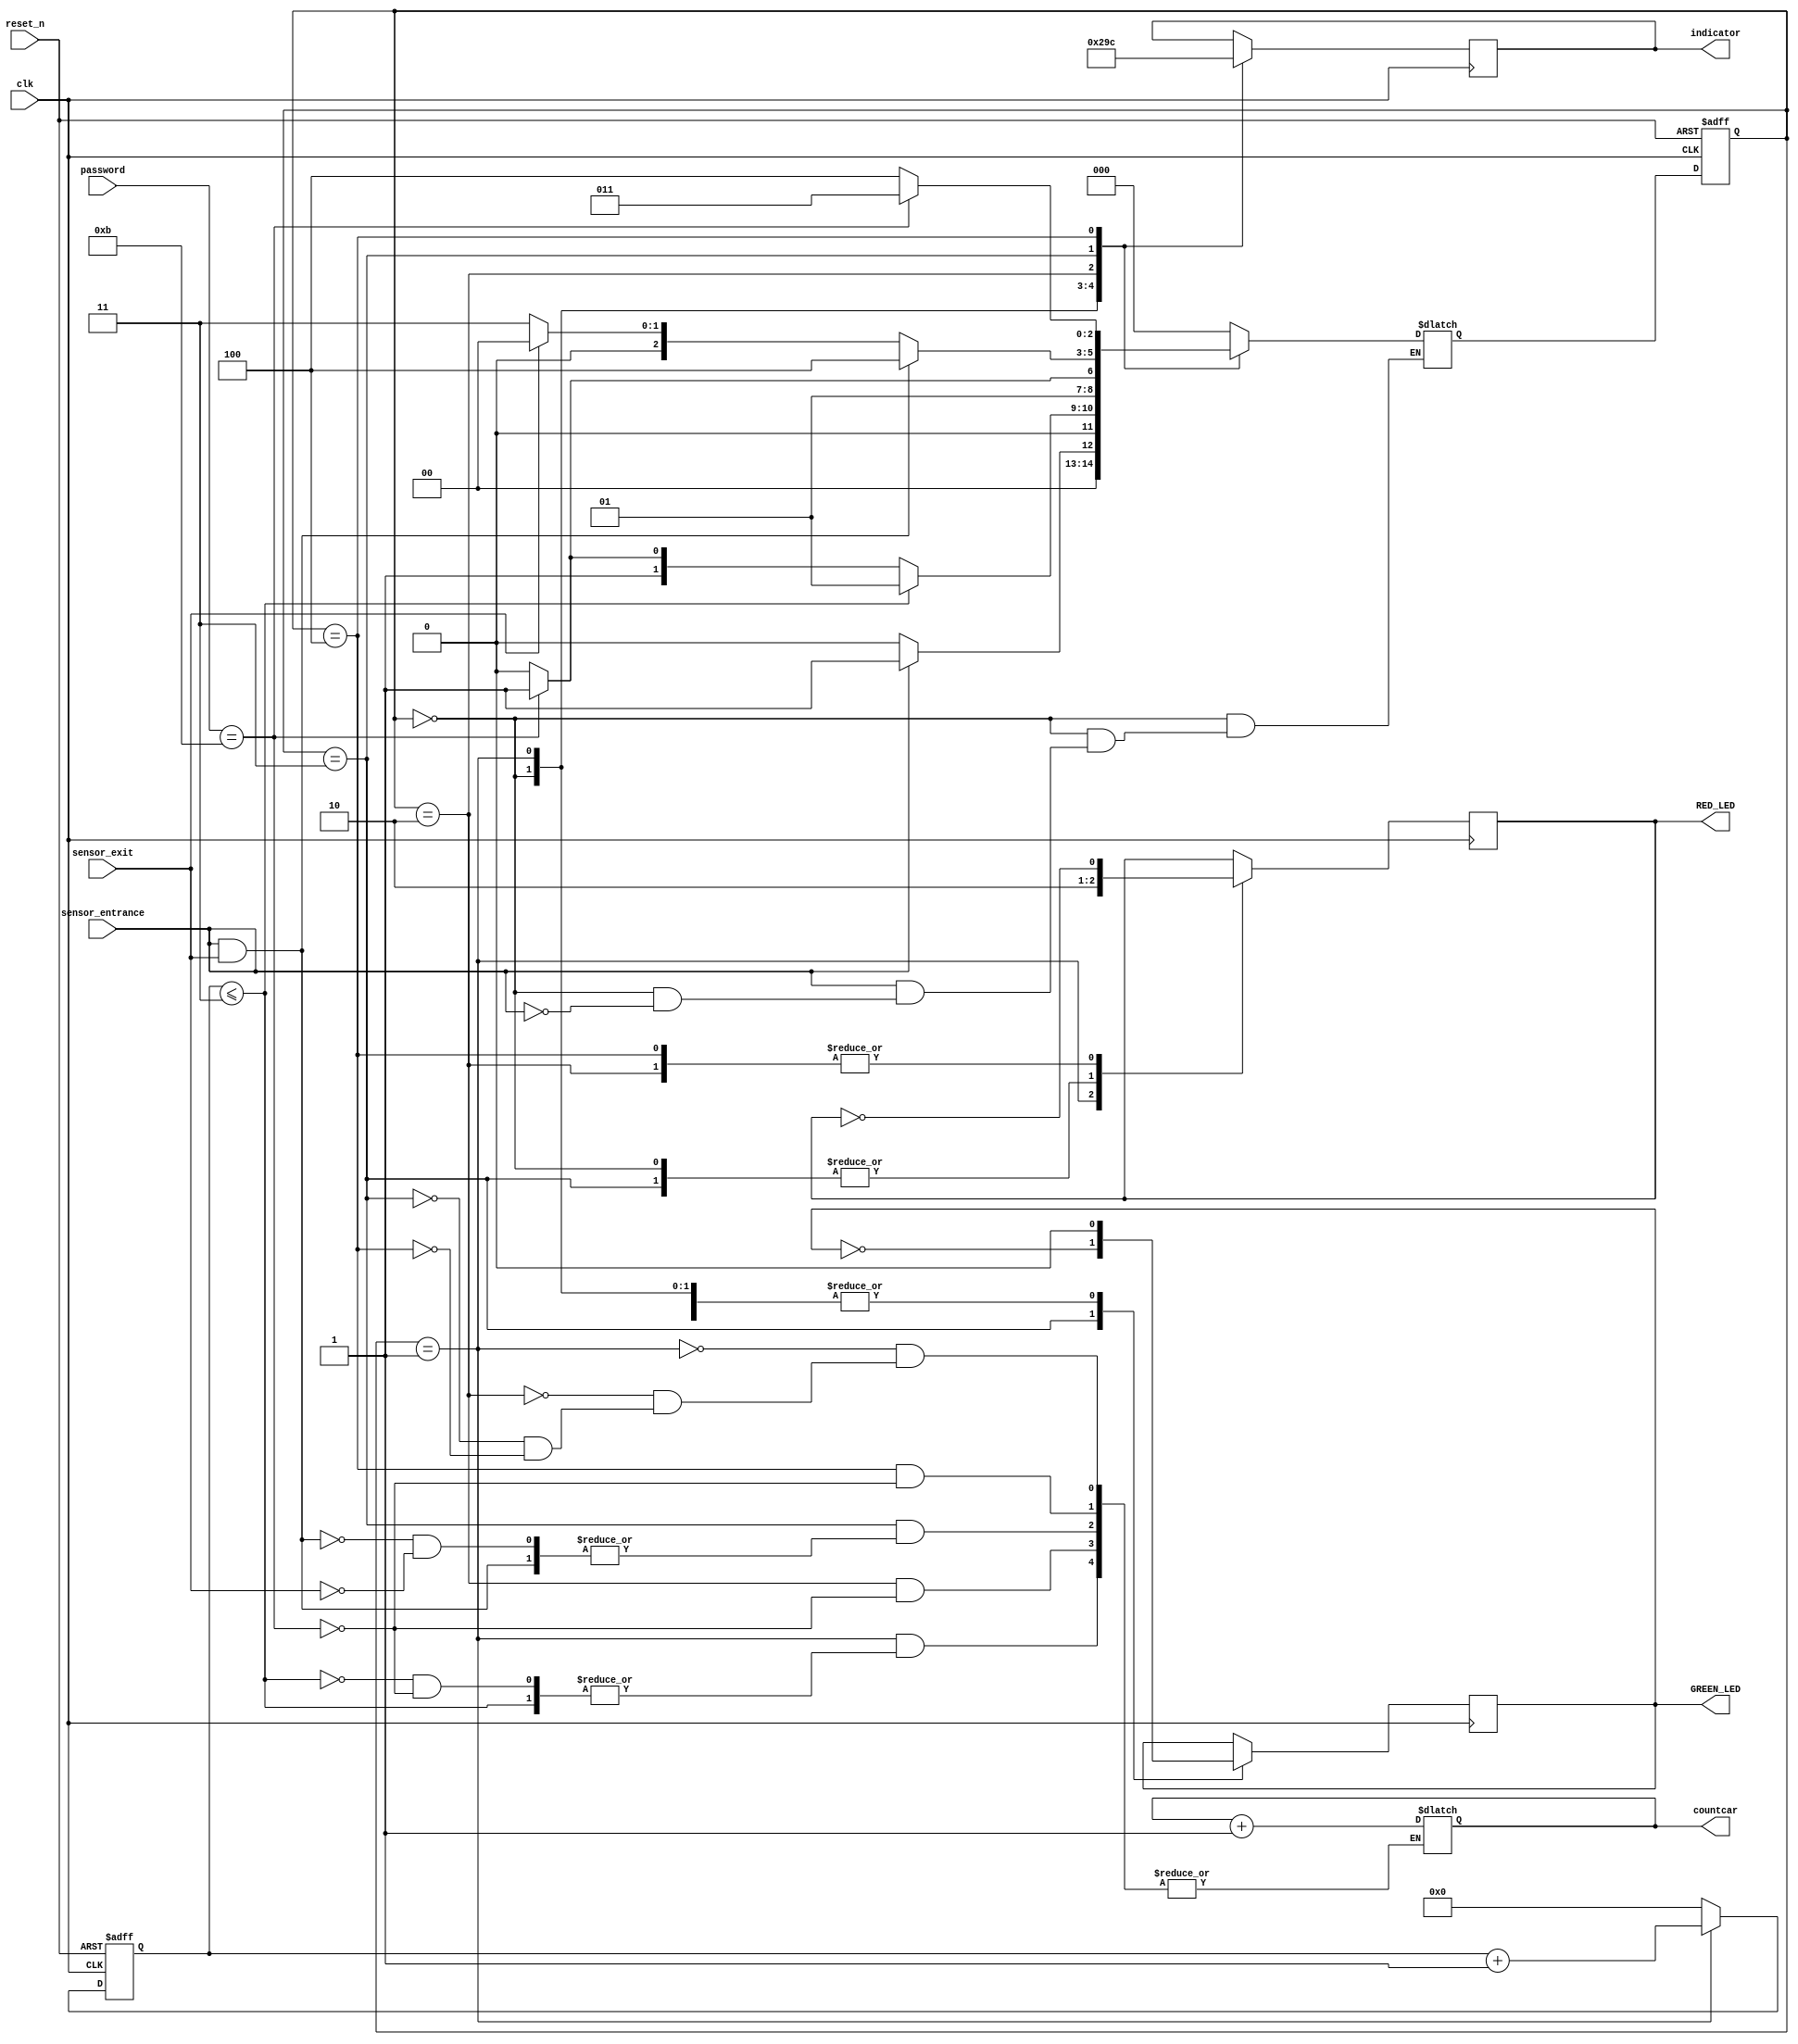
`timescale 1ns / 1ps
module parking_system(
input clk,reset_n,
input sensor_entrance, sensor_exit,
input [3:0] password,
output wire GREEN_LED,RED_LED, output reg [3:0] countcar,
output reg [2:0] indicator
// output reg [6:0] saat,
// output reg [6:0] saati
);
parameter IDLE = 3'b000, WAIT_PASSWORD = 3'b001, WRONG_PASS = 3'b010, RIGHT_PASS = 3'b011,STOP = 3'b100;
reg[2:0] current_state, next_state;
reg[31:0] counter_wait;                                                                                                                                                                                                                          
reg red_tmp,green_tmp;
reg [3:0] totalcars; 
always @(posedge clk or posedge reset_n)
begin
if(reset_n) begin
current_state = IDLE;
// countcar = 4'b0000;
end
else
current_state = next_state;
end
always @(posedge clk or posedge reset_n)
begin
if(reset_n)
counter_wait <= 0;
else if(current_state==WAIT_PASSWORD)
counter_wait <= counter_wait + 4'b0001;
else
counter_wait <= 0;
end

always @(*)
begin
case(current_state)
IDLE: begin
if(sensor_entrance == 1)
next_state = WAIT_PASSWORD;
if(sensor_entrance == 0)
next_state = IDLE;
//if(out == 1 && counter>=1)
//begin
//totalcars <= totalcars - 4'b0001;
//next_state = IDLE;
//end
//(out == 1 && counter<=0)
end
WAIT_PASSWORD: begin
if(counter_wait <= 3)
next_state = WAIT_PASSWORD;
else
begin
if(password==4'b1011)
begin
countcar <= countcar + 4'b0001;
next_state = RIGHT_PASS;
end
else
next_state = WRONG_PASS;
end
end
WRONG_PASS: begin
if(password==4'b1011)
begin
countcar <= countcar + 4'b0001;
next_state = RIGHT_PASS;
end
else
next_state = WRONG_PASS;
end
RIGHT_PASS: begin
if(sensor_entrance==1 && sensor_exit == 1) begin
next_state = STOP;
totalcars <= totalcars + 4'b0001;
end
else if(sensor_exit ==1) begin
next_state = IDLE;
countcar <= countcar + 4'b0001;
end
else
begin
//countcar <= countcar + 4'b0001;
next_state = RIGHT_PASS;
end
end
STOP: begin
if(password==4'b1011)
begin
countcar <= countcar + 4'b0001;
next_state = RIGHT_PASS;
end
else
next_state = STOP;
end
default: next_state = IDLE;
endcase
end

always @(posedge clk) begin
case(current_state)
IDLE: begin
green_tmp = 1'b0;
red_tmp = 1'b0;
indicator = 3'b000;
end
WAIT_PASSWORD: begin
green_tmp = 1'b0;
red_tmp = 1'b1;
indicator = 3'b001;
end
WRONG_PASS: begin
green_tmp = 1'b0;
red_tmp = ~red_tmp;
indicator = 3'b010;
end
RIGHT_PASS: begin
green_tmp = ~green_tmp;
red_tmp = 1'b0;
indicator = 3'b011;
end
STOP: begin
green_tmp = 1'b0;
red_tmp = ~red_tmp;
indicator = 3'b100;
end
endcase
end
assign RED_LED = red_tmp  ;
assign GREEN_LED = green_tmp;
//begin
//assign countcar[3] = totalcars[3];
//assign countcar[2] = totalcars[2];
//assign countcar[1] = totalcars[1];
//assign countcar[0] = totalcars[0];
//end
//Seven_segment_LED_Display_Controller g1(countcar);
endmodule